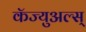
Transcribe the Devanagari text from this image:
कॅज्युअल्स्